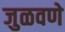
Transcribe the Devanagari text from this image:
जुळवणे